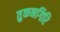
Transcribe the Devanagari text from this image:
तुकनगिरि